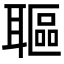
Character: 𦗛